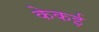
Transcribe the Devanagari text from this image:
केकई